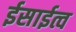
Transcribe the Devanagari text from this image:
ईसाईत्व